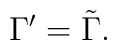
\Gamma^\prime=\tilde\Gamma.